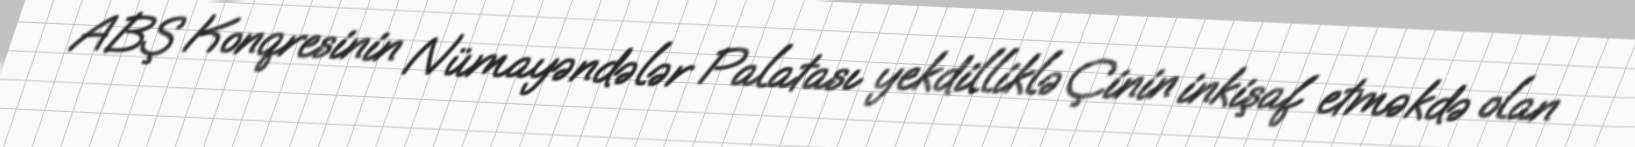
ABŞ Konqresinin Nümayəndələr Palatası yekdilliklə Çinin inkişaf etməkdə olan